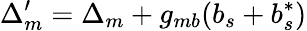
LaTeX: \Delta_{m}^{\prime}=\Delta_{m}+g_{mb}(b_{s}+b_{s}^{*})